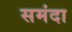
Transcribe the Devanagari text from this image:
समंदा